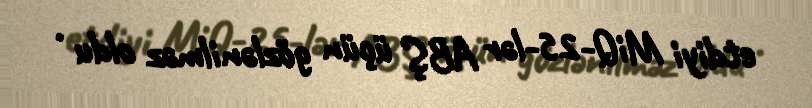
etdiyi MiQ-25-lər ABŞ üçün gözlənilməz oldu .